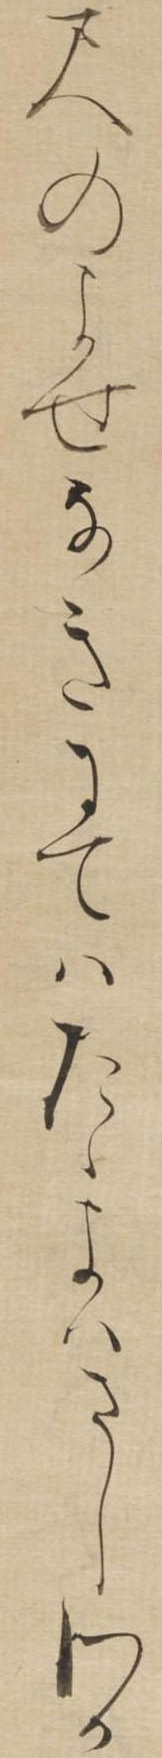
尺のよせなきにてはたゝよはさしわか